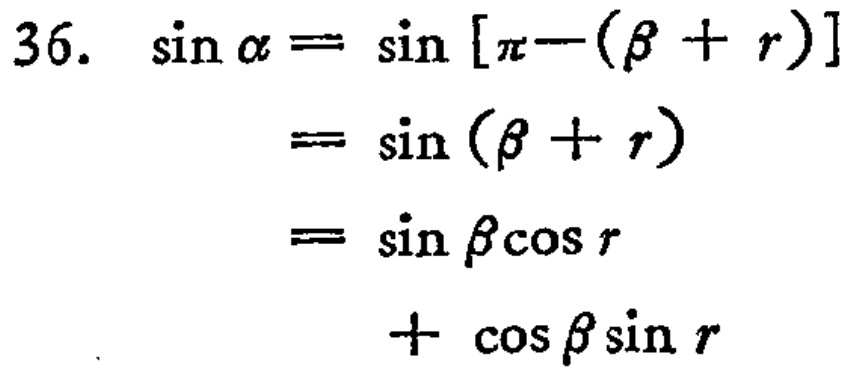
\[

\begin{align*}

\text{36. }\sin\alpha&=\sin[\pi - (\beta + \gamma)]\\

&=\sin(\beta + \gamma)\\

&=\sin\beta\cos\gamma\\

&\quad+\cos\beta\sin\gamma

\end{align*}

\]